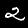
Digit: 2